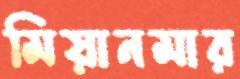
মিয়ানমার